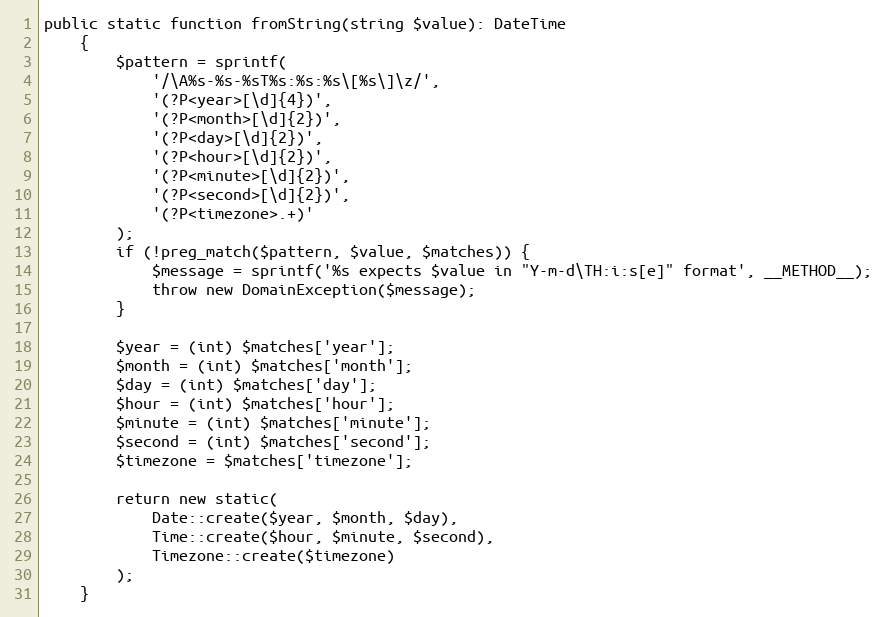
Language: PHP
public static function fromString(string $value): DateTime
    {
        $pattern = sprintf(
            '/\A%s-%s-%sT%s:%s:%s\[%s\]\z/',
            '(?P<year>[\d]{4})',
            '(?P<month>[\d]{2})',
            '(?P<day>[\d]{2})',
            '(?P<hour>[\d]{2})',
            '(?P<minute>[\d]{2})',
            '(?P<second>[\d]{2})',
            '(?P<timezone>.+)'
        );
        if (!preg_match($pattern, $value, $matches)) {
            $message = sprintf('%s expects $value in "Y-m-d\TH:i:s[e]" format', __METHOD__);
            throw new DomainException($message);
        }

        $year = (int) $matches['year'];
        $month = (int) $matches['month'];
        $day = (int) $matches['day'];
        $hour = (int) $matches['hour'];
        $minute = (int) $matches['minute'];
        $second = (int) $matches['second'];
        $timezone = $matches['timezone'];

        return new static(
            Date::create($year, $month, $day),
            Time::create($hour, $minute, $second),
            Timezone::create($timezone)
        );
    }